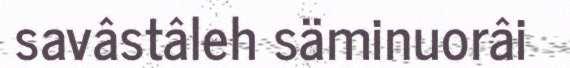
savâstâleh säminuorâi